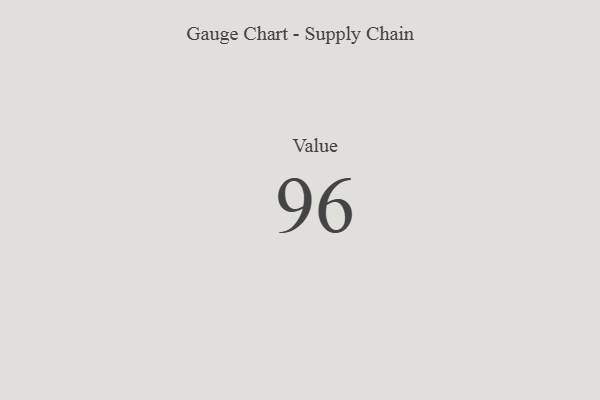
{"axis": {"x": "Metric", "y": "Value"}, "legend": [""], "data": [{"x": "Value", "y": 96, "type": ""}]}